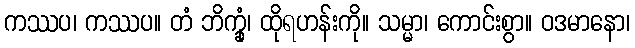
ကဿပ၊ ကဿပ။ တံ ဘိက္ခုံ၊ ထိုရဟန်းကို။ သမ္မာ၊ ကောင်းစွာ။ ဝဒမာနော၊